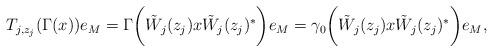
LaTeX: \begin{align*} T_{j,z_j}(\Gamma(x))e_M= \Gamma\bigg( \tilde{W}_j(z_j) x \tilde{W}_j(z_j)^* \bigg )e_{M}= \gamma_0\bigg( \tilde{W}_j(z_j) x \tilde{W}_j(z_j)^* \bigg )e_{M},\end{align*}